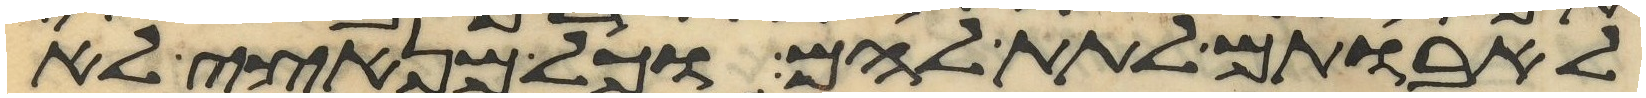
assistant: לאבותם לתת להם וכל מנאצי לא